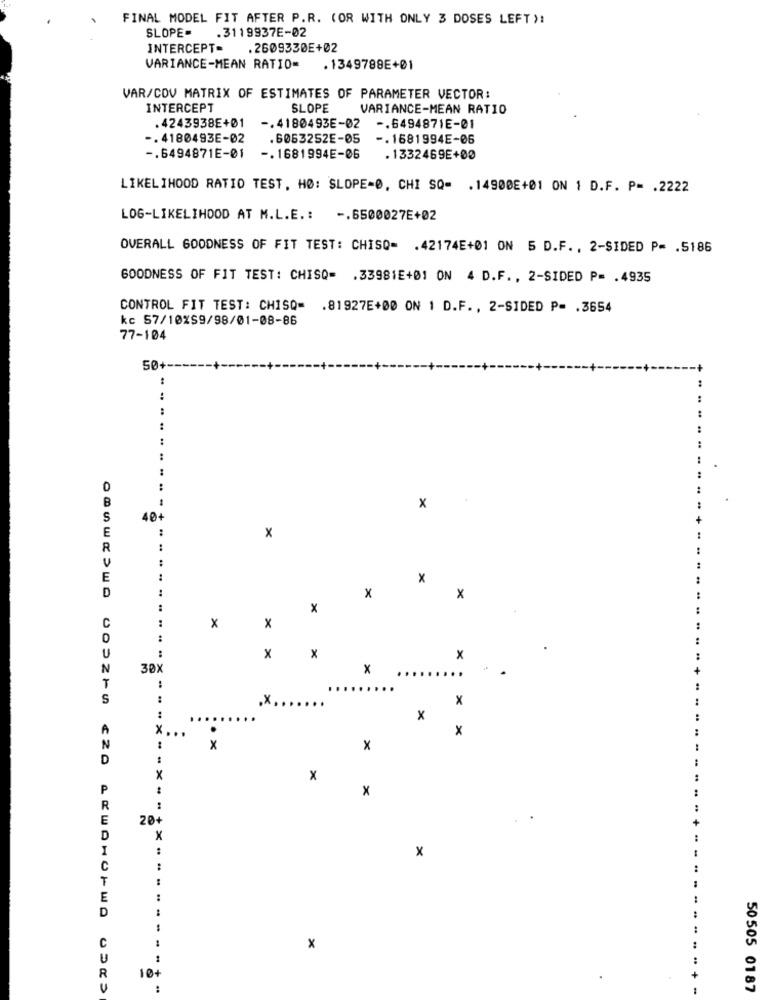
FINAL MODEL FIT AFTER P.R. (OR WITH ONLY 3 DOSES LEFT ):
SLOPE= . 3119937E-02
INTERCEPT=
.2609330E+02
VARIANCE-MEAN RATIO-
. 1349799E+01
VAR/COV MATRIX OF ESTIMATES OF PARAMETER VECTOR:
INTERCEPT
SLOPE
VARIANCE-MEAN RATIO
.4243938E+01
-. 4180493E-02
-. 6494871E-01
-. 4180493E-02
. 6063252E-05
-. 1681994E-06
-. 6494871E-01
-. 1681994E-06
.1332469E+00
LIKELIHOOD RATIO TEST. HO: SLOPE-0, CHI SQ= . 14900E+01 ON 1 D.F. P= . 2222
LOG-LIKELIHOOD AT M.L.E .: -. 6500027E+02
OVERALL GOODNESS OF FIT TEST: CHISQ= . 42174E+01 ON 5 D.F ., 2-SIDED P= . 5186
GOODNESS OF FIT TEST: CHISO= . 33981E+01 ON 4 D.F ., 2-SIDED P= . 4935
CONTROL FIT TEST: CHISQ= . 81927E+00 ON 1 D.F ., 2-SIDED P= . 3654
kc 57/10%S9/98/01-08-86
77-104
50+
:
:
0
B
1
x
S
40+
E
:
x
R
E
X
D
x
x
x
C
x
x
U
.. ..
x
x
x
..
N
30%
x
.....
T
.........
S
..
.x .. .....
X
.....
X
A
x ...
.
X
N
x
x
D
X
x
P
x
R
E
20+
D
x
I
x
C
T
E
D
C
x
U
R
10
U
50505 0187